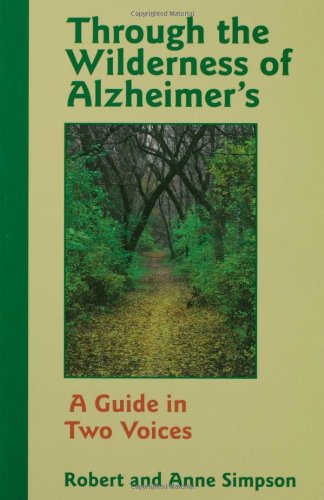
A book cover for Through the Wilderness of Alzheimer's: A Guide in Two Voices; Robert Simpson; Health, Fitness & Dieting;